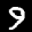
Label: 9